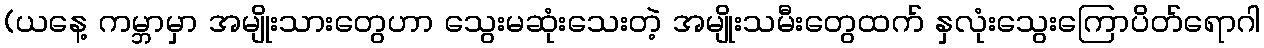
(ယနေ့ ကမ္ဘာမှာ အမျိုးသားတွေဟာ သွေးမဆုံးသေးတဲ့ အမျိုးသမီးတွေထက် နှလုံးသွေးကြောပိတ်ရောဂါ